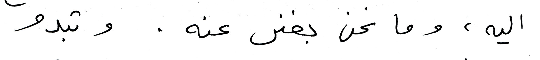
اليه، وما نحن بغنى عنه . وتبدو